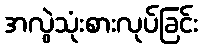
အလွဲသုံးစားလုပ်ခြင်း